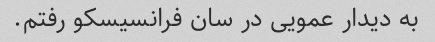
به دیدار عمویی در سان فرانسیسکو رفتم.